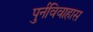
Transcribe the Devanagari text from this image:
पुर्नविवाहास